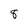
Character: 8